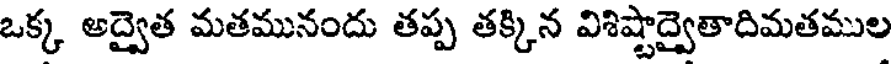
ఒక్క అద్వైత మతమునందు తప్ప తక్కిన విశిష్టాద్వైతాదిమతముల